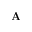
{ \bf A }